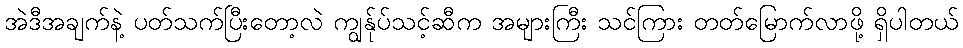
အဲဒီအချက်နဲ့ ပတ်သက်ပြီးတော့လဲ ကျွန်ုပ်သင့်ဆီက အများကြီး သင်ကြား တတ်မြောက်လာဖို့ ရှိပါတယ်